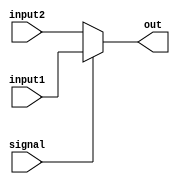
`timescale 1ns/10ps

module mux_2_1 (
input [31:0] input1, 
input [31:0] input2, 
input signal, 
output reg [31:0] out);
 
always@(signal)
begin
		if (signal==0)
			out <= input2;
		else
			out <= input1;
end
endmodule